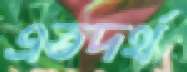
এতদর্থ